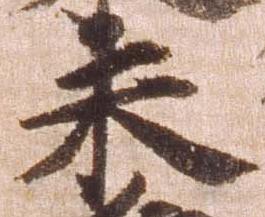
未